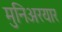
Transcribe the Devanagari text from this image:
मुनिअरयार